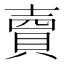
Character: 𧶠